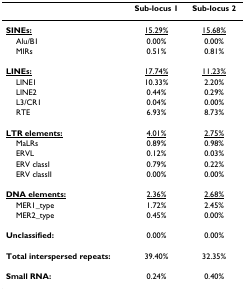
<table><thead><tr><td></td><td><b>Sub-locus 1</b></td><td><b>Sub-locus 2</b></td></tr></thead><tbody><tr><td><b><underline>SINEs:</underline></b></td><td><underline>15.29%</underline></td><td><underline>15.68%</underline></td></tr><tr><td> Alu/B1</td><td>0.00%</td><td>0.00%</td></tr><tr><td> MIRs</td><td>0.51%</td><td>0.81%</td></tr><tr><td><b><underline>LINEs:</underline></b></td><td><underline>17.74%</underline></td><td><underline>11.23%</underline></td></tr><tr><td> LINE1</td><td>10.33%</td><td>2.20%</td></tr><tr><td> LINE2</td><td>0.44%</td><td>0.29%</td></tr><tr><td> L3/CR1</td><td>0.04%</td><td>0.00%</td></tr><tr><td> RTE</td><td>6.93%</td><td>8.73%</td></tr><tr><td><b><underline>LTR elements:</underline></b></td><td><underline>4.01%</underline></td><td><underline>2.75%</underline></td></tr><tr><td> MaLRs</td><td>0.89%</td><td>0.98%</td></tr><tr><td> ERVL</td><td>0.12%</td><td>0.03%</td></tr><tr><td> ERV classI</td><td>0.79%</td><td>0.22%</td></tr><tr><td> ERV classII</td><td>0.00%</td><td>0.00%</td></tr><tr><td><b><underline>DNA elements:</underline></b></td><td><underline>2.36%</underline></td><td><underline>2.68%</underline></td></tr><tr><td> MER1_type</td><td>1.72%</td><td>2.45%</td></tr><tr><td> MER2_type</td><td>0.45%</td><td>0.00%</td></tr><tr><td><b>Unclassified:</b></td><td>0.00%</td><td>0.00%</td></tr><tr><td><b>Total interspersed repeats:</b></td><td>39.40%</td><td>32.35%</td></tr><tr><td><b>Small RNA:</b></td><td>0.24%</td><td>0.40%</td></tr></tbody></table>